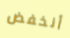
أنخفض